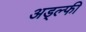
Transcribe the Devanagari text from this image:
अड्ल्फी